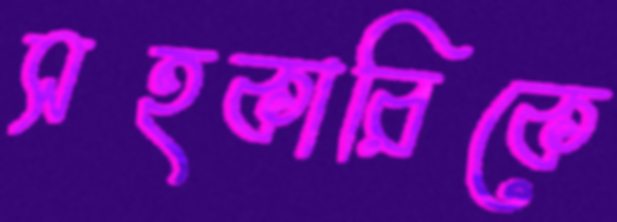
সহকারিকে